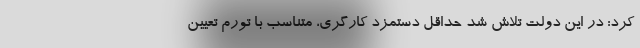
کرد: در این دولت تلاش شد حداقل دستمزد کارگری، متناسب با تورم تعیین